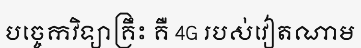
បច្ចេកវិទ្យាគ្រឹះ គឺ 4G របស់វៀតណាម